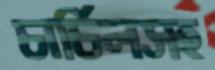
চার্চিলসহ